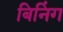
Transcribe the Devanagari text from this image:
बिनिंग